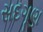
સદગૂણ